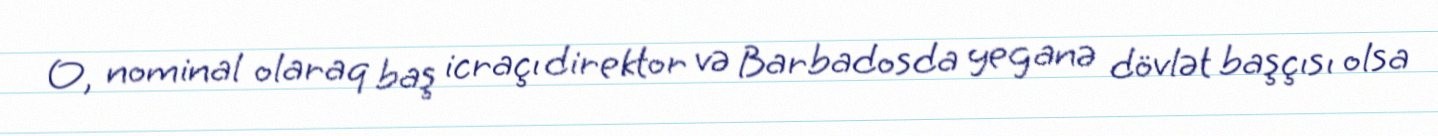
O, nominal olaraq baş icraçı direktor və Barbadosda yeganə dövlət başçısı olsa